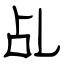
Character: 乩